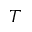
T